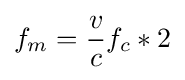
f_{m}={\frac {v}{c}}f_{c}*2